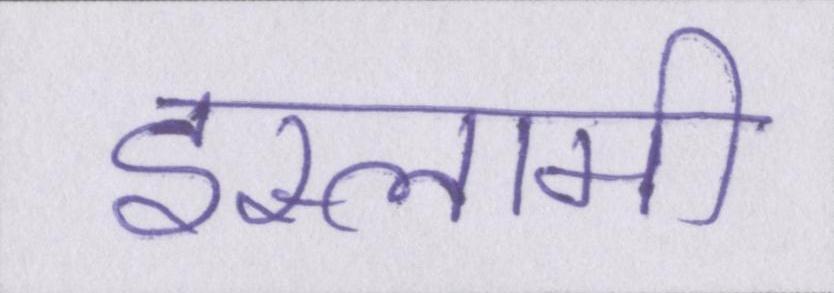
इस्लामी